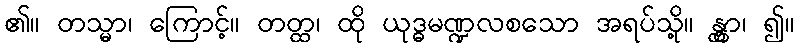
၏။ တသ္မာ၊ ကြောင့်။ တတ္ထ၊ ထို ယုဒ္ဓမဏ္ဍလစသော အရပ်သို့။ န္တွာ၊ ၍။